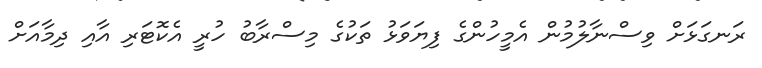
ރަނގަޅަށް ވިސްނާލުމުން އެމީހުންގެ ފިޔަވަޅު ތަކުގެ މިސްރާބު ހުރީ އެކޮޓަރި އާއި ދިމާއަށް